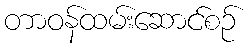
တာဝန်ထမ်းဆောင်စဉ်